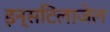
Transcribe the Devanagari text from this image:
इन्सटिलाजेल